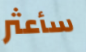
سأعثر